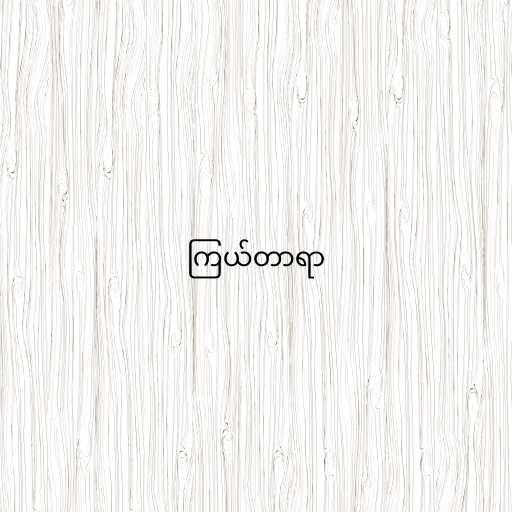
ကြယ်တာရာ